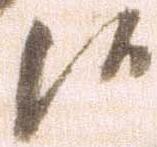
候